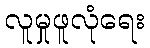
လူမှုဖူလုံရေး